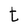
Character: t